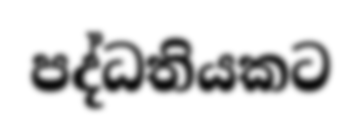
පද්ධතියකට